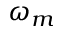
\omega _ { m }